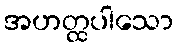
အဟတ္ထပါသော